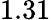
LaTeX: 1.31